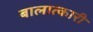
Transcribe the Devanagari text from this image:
बालात्कारी